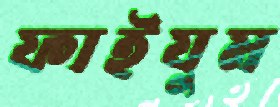
ফাইযুম